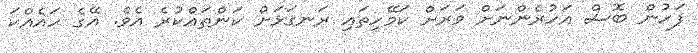
ފަހުން ބޮސް އަހުރެންނަށް ވަރަށް ކަމޭހިތައި ރަނގަޅަށް ކަންތައްކުރެ އެވެ. އޭގެ ހައެއްކަ